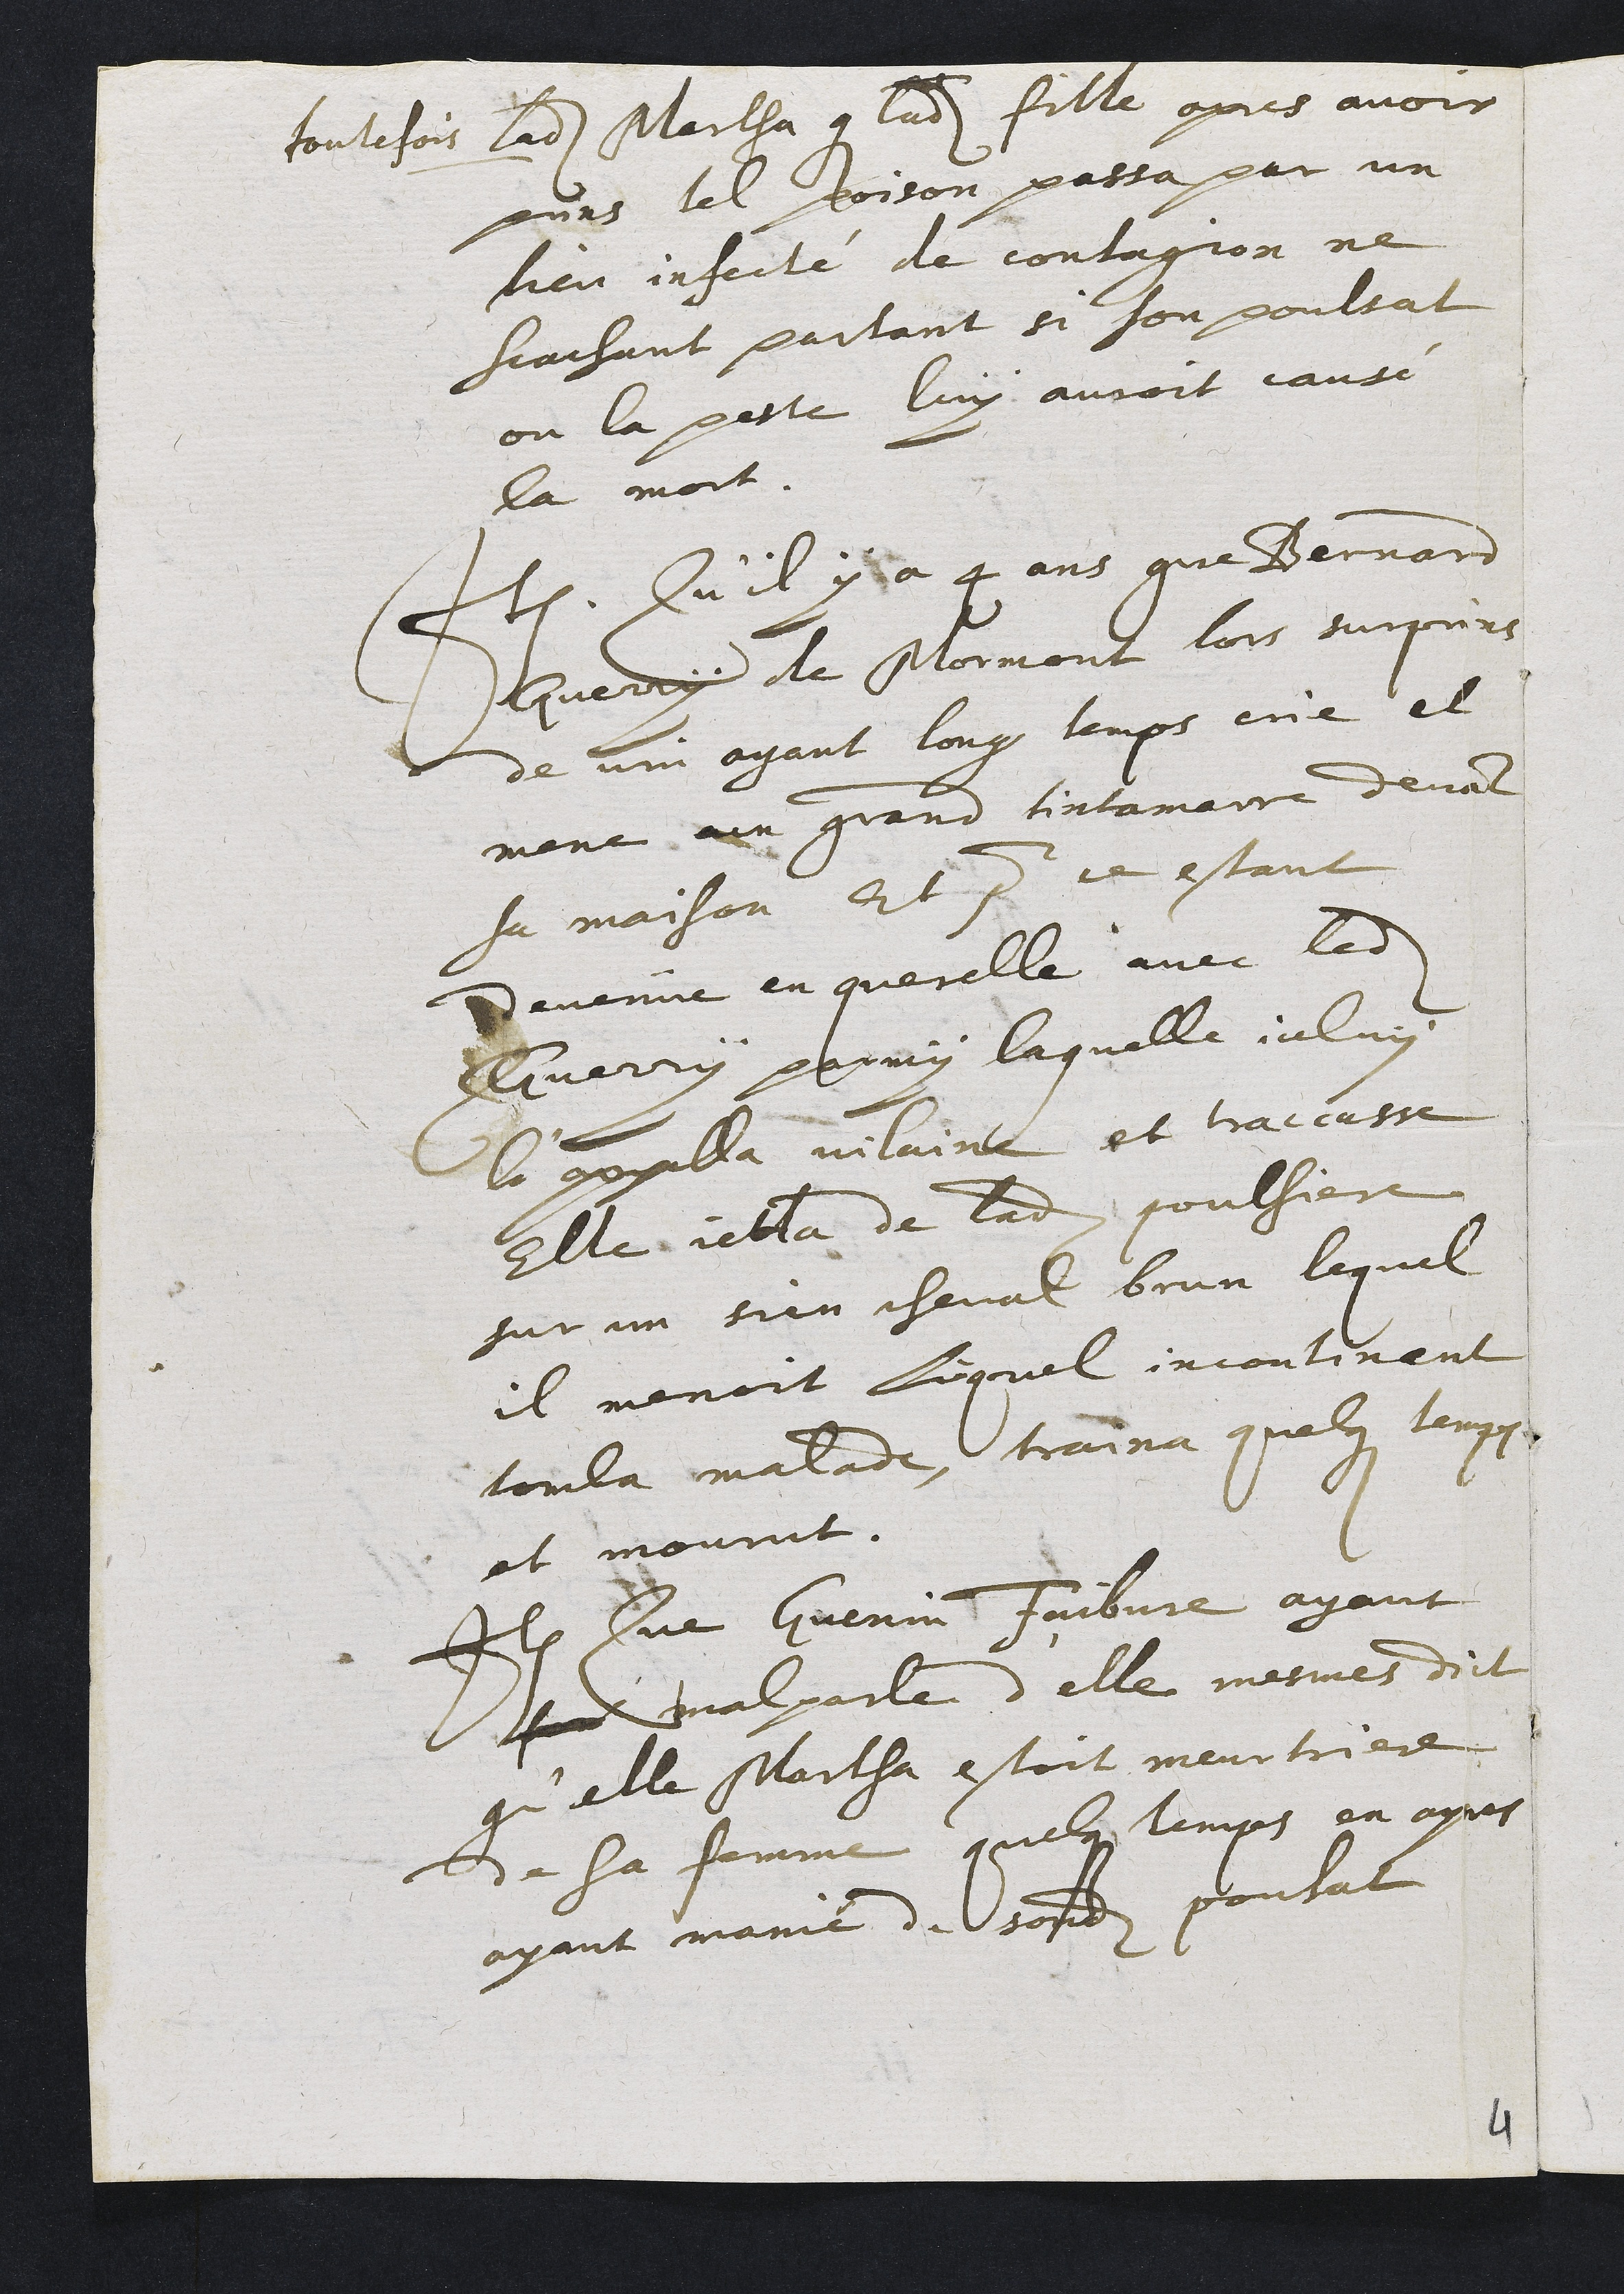
toutefois ladite Martha que ladite fille apres avoir
puns tel poison passa par un
lieu infecté de contagion ne
scachant partant si son poulsat
ou la peste luy auroit cause
la mort.
Item. Qu'il y a 4 ans que Bernain
Guerry de Mormont lors surpuns
de vin ayant long temps ene et
mene n grand tintamaire devant
sa maison Et pour ce estant
Devenue en querelle avec ledit
Auerry parmy laquelle iceluy
la appalla vilaine et traccasse
Elle jetta de ladite poulsiere
sur un sien cheval brun lequel
il menoit lequel incontinent
torla malade traina quelque teppos
et mourut.
Item Que Guenin Faibvre ayant
sonit malparde d'elle mesmes dict
qu'elle Martha estoit meurtriere
de sa femme quelques temps en apres
ayant manié de sondit pousat